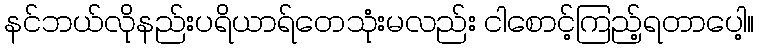
နင်ဘယ်လိုနည်းပရိယာရ်တေသုံးမလည်း ငါစောင့်ကြည့်ရတာပေါ့။